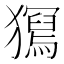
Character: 𤢧